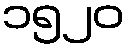
၁၅၂၀